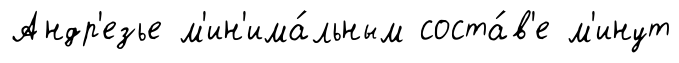
Андр'езье м'ин'има́льным соста́в'е м'инут